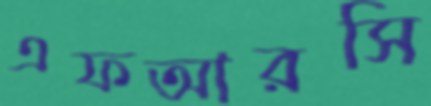
এফআরসি